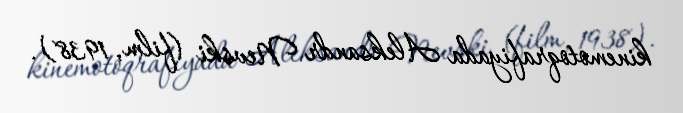
kinemotoqrafiyada Aleksandr Nevski (film, 1938).